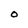
Character: O